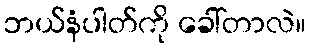
ဘယ်နံပါတ်ကို ခေါ်တာလဲ။